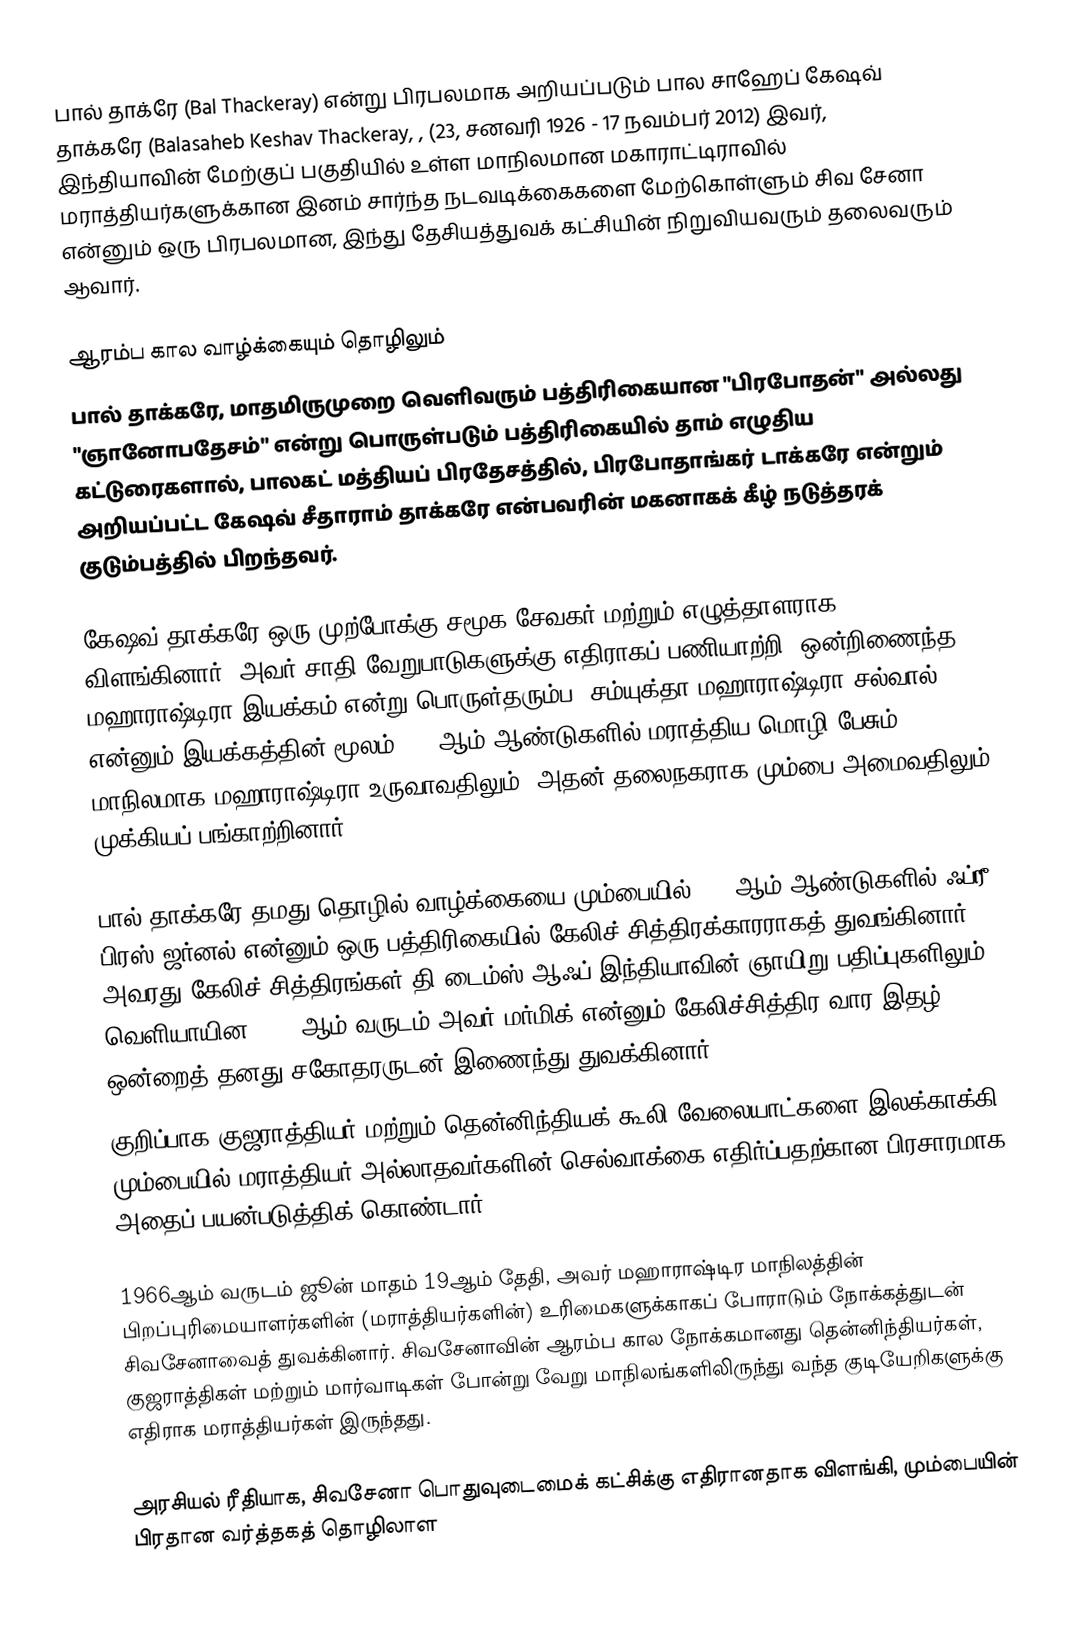
பால் தாக்ரே (Bal Thackeray) என்று பிரபலமாக அறியப்படும் பால சாஹேப் கேஷவ் தாக்கரே (Balasaheb Keshav Thackeray, , (23, சனவரி 1926 - 17 நவம்பர் 2012) இவர், இந்தியாவின் மேற்குப் பகுதியில் உள்ள மாநிலமான மகாராட்டிராவில் மராத்தியர்களுக்கான இனம் சார்ந்த நடவடிக்கைகளை மேற்கொள்ளும் சிவ சேனா என்னும் ஒரு பிரபலமான, இந்து தேசியத்துவக் கட்சியின் நிறுவியவரும் தலைவரும் ஆவார்.

ஆரம்ப கால வாழ்க்கையும் தொழிலும்
பால் தாக்கரே, மாதமிருமுறை வெளிவரும் பத்திரிகையான "பிரபோதன்" அல்லது "ஞானோபதேசம்" என்று பொருள்படும் பத்திரிகையில் தாம் எழுதிய கட்டுரைகளால், பாலகட் மத்தியப் பிரதேசத்தில், பிரபோதாங்கர் டாக்கரே என்றும் அறியப்பட்ட கேஷவ் சீதாராம் தாக்கரே என்பவரின் மகனாகக் கீழ் நடுத்தரக் குடும்பத்தில் பிறந்தவர்.

கேஷவ் தாக்கரே ஒரு முற்போக்கு சமூக சேவகர் மற்றும் எழுத்தாளராக விளங்கினார். அவர் சாதி வேறுபாடுகளுக்கு எதிராகப் பணியாற்றி (ஒன்றிணைந்த மஹாராஷ்டிரா இயக்கம் என்று பொருள்தரும்ப) சம்யுக்தா மஹாராஷ்டிரா சல்வால் என்னும் இயக்கத்தின் மூலம் 1950ஆம் ஆண்டுகளில் மராத்திய மொழி பேசும் மாநிலமாக மஹாராஷ்டிரா உருவாவதிலும், அதன் தலைநகராக மும்பை அமைவதிலும் முக்கியப் பங்காற்றினார்.

பால் தாக்கரே தமது தொழில் வாழ்க்கையை மும்பையில் 1950ஆம் ஆண்டுகளில் ஃப்ரீ பிரஸ் ஜர்னல் என்னும் ஒரு பத்திரிகையில் கேலிச் சித்திரக்காரராகத் துவங்கினார். அவரது கேலிச் சித்திரங்கள் தி டைம்ஸ் ஆஃப் இந்தியாவின் ஞாயிறு பதிப்புகளிலும் வெளியாயின. 1960ஆம் வருடம் அவர் மர்மிக் என்னும் கேலிச்சித்திர வார இதழ் ஒன்றைத் தனது சகோதரருடன் இணைந்து துவக்கினார்.
குறிப்பாக குஜராத்தியர் மற்றும் தென்னிந்தியக் கூலி வேலையாட்களை இலக்காக்கி, மும்பையில் மராத்தியர்-அல்லாதவர்களின் செல்வாக்கை எதிர்ப்பதற்கான பிரசாரமாக அதைப் பயன்படுத்திக் கொண்டார்.

1966ஆம் வருடம் ஜூன் மாதம் 19ஆம் தேதி, அவர் மஹாராஷ்டிர மாநிலத்தின் பிறப்புரிமையாளர்களின் (மராத்தியர்களின்) உரிமைகளுக்காகப் போராடும் நோக்கத்துடன் சிவசேனாவைத் துவக்கினார். சிவசேனாவின் ஆரம்ப கால நோக்கமானது தென்னிந்தியர்கள், குஜராத்திகள் மற்றும் மார்வாடிகள் போன்று வேறு மாநிலங்களிலிருந்து வந்த குடியேறிகளுக்கு எதிராக மராத்தியர்கள் இருந்தது.

அரசியல் ரீதியாக, சிவசேனா பொதுவுடைமைக் கட்சிக்கு எதிரானதாக விளங்கி, மும்பையின் பிரதான வர்த்தகத் தொழிலாள